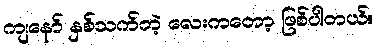
ကျနော် နှစ်သက်တဲ့ လေးကတော့ ဖြစ်ပါတယ်။